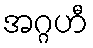
အဂ္ဂဟီ